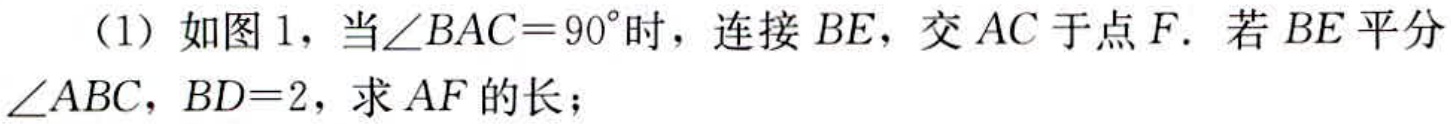
（1）如图1，当\(\angle BAC = 90^{\circ}\)时，连接\(BE\)，交\(AC\)于点\(F\). 若\(BE\)平分\(\angle ABC\)，\(BD = 2\)，求\(AF\)的长；